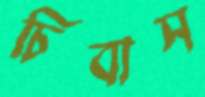
চিবাস